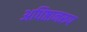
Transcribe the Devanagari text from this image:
अधिष्ठानरूप